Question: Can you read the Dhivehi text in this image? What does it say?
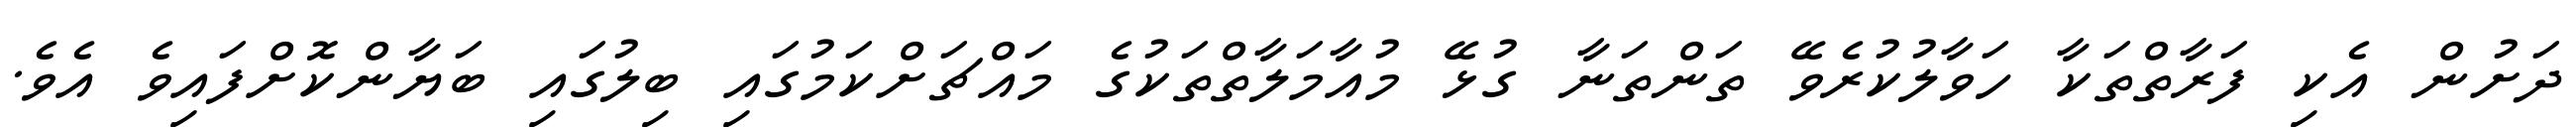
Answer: ދަށުން އެކި ފަރާތްތަކާ ހަވާލުކުރެވޭ ތަންތަނާ ގުޅޭ މުއާމަލާތްތަކުގެ މައްޗަށްކަމުގައި ބިލުގައި ބަޔާންކޮށްފައިވެ އެވެ.